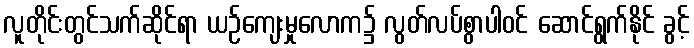
လူတိုင်းတွင်သက်ဆိုင်ရာ ယဉ်ကျေးမှုလောက၌ လွတ်လပ်စွာပါဝင် ဆောင်ရွက်နိုင် ခွင့်